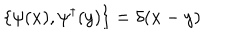
\{ \psi ( x ) , \psi ^ { \dagger } ( y ) \} = \delta ( x - y )